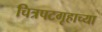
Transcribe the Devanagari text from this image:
चित्रपटगृहाच्या